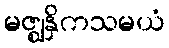
မဇ္ဈနှိကသမယံ